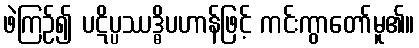
ဖဲကြဉ်၍ ပဋိပ္ပဿဒ္ဓိပဟာန်ဖြင့် ကင်းကွာတော်မူ၏။